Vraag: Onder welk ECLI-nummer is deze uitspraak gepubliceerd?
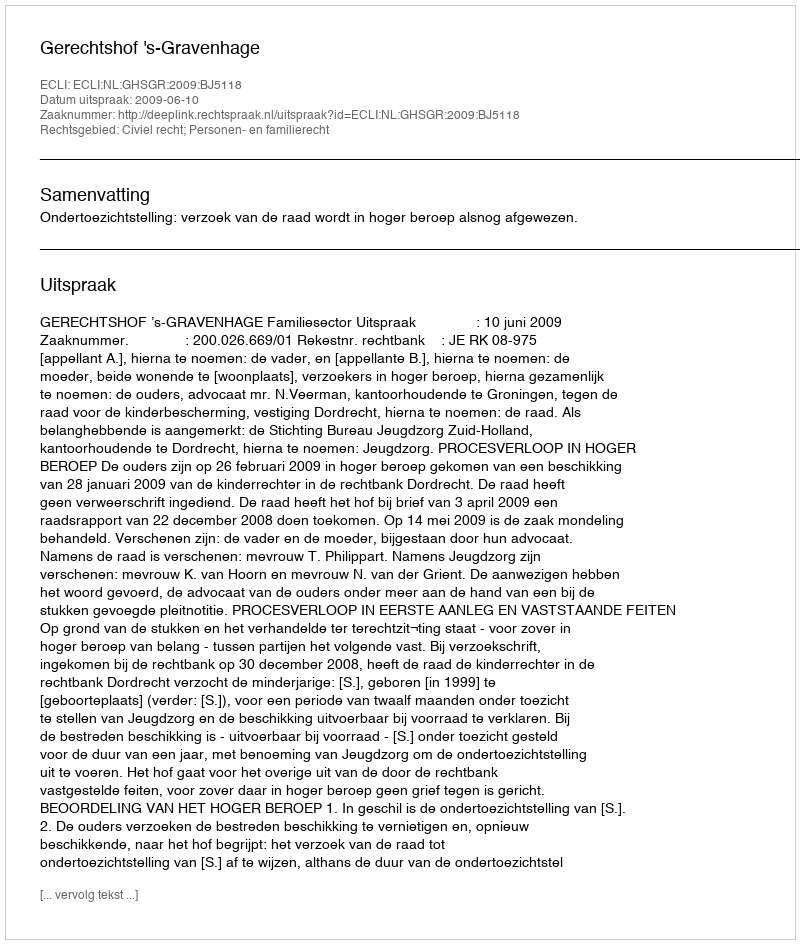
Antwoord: ECLI:NL:GHSGR:2009:BJ5118